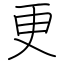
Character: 更